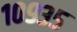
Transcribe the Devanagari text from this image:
१०९३५